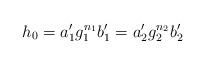
LaTeX: \begin{align*}h_0 =a_1'g_1^{n_1}b_1'=a_2'g_2^{n_2}b_2'\end{align*}